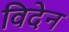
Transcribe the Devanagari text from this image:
विदेन